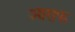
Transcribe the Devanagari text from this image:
आराफ